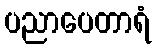
ပညာပေတာရံ